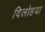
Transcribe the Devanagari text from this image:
दिलोहया